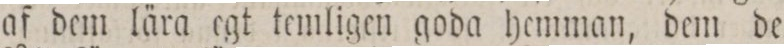
af dem lära egt temligen goda hemman, dem de